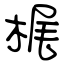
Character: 梶